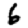
Digit: 6